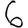
Digit: 6